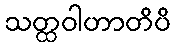
သတ္ထဝါဟာတိပိ